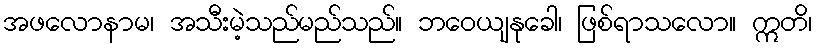
အဖလောနာမ၊ အသီးမဲ့သည်မည်သည်။ ဘဝေယျနုခေါ၊ ဖြစ်ရာသလော။ ဣတိ၊